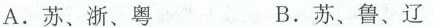
A.苏、浙、粤 B.苏、鲁、辽